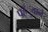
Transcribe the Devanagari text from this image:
पहँुचाने